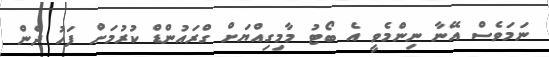
ނަމަވެސް އޭނާ ނިންމެވީ އެ ބޯޓު މާމިގިއްޔަށް ގްރައުންޑް ކުރުމަށް ފަހު ދެން